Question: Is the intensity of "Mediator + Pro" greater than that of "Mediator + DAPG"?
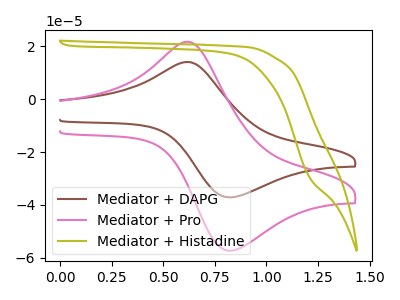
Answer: <think>The brown curve "Mediator + DAPG" has an anodic peak at (0.60V, 14.10uA) and a cathodic peak at (0.85V, -37.15uA). The pink curve "Mediator + Pro" has an anodic peak at (0.60V, 21.75uA) and a cathodic peak at (0.85V, -57.35uA). The olive curve "Mediator + Histadine" has no peaks.
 All the peaks in "Mediator + Pro" have a peak in "Mediator + DAPG" at the same potential. Every peak in "Mediator + Pro" is higher than every peak in "Mediator + DAPG".</think>
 <answer>"Mediator + Pro" has more signal than "Mediator + DAPG".</answer>
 <eval>more_signal</eval>